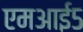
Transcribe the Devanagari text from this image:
एमआई५